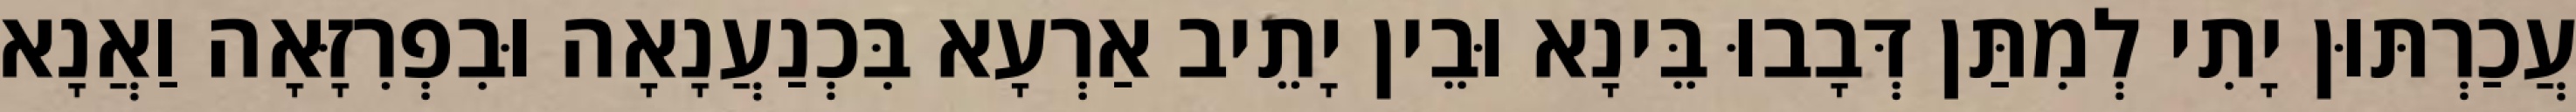
עֲכַרְתּוּן יָתִי לְמִתַּן דְּבָבוּ בֵּינָא וּבֵין יָתֵיב אַרְעָא בִּכְנַעֲנָאָה וּבִפְרִזָּאָה וַאֲנָא